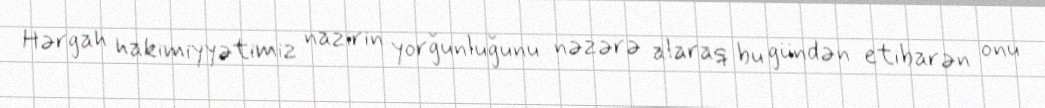
Hərgah hakimiyyətimiz nazirin yorğunluğunu nəzərə alaraq bu gündən etibarən onu